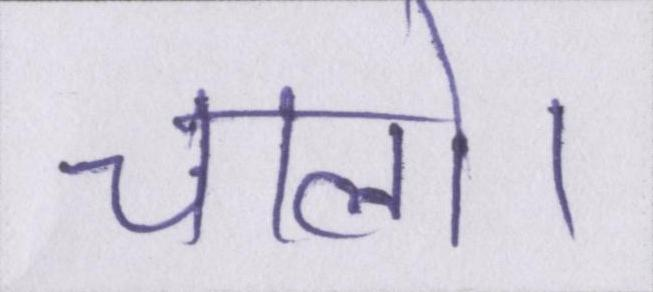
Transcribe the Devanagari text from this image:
चलो।